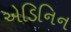
એડિનિન